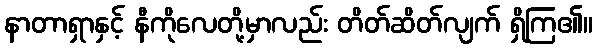
နာတာရှာနှင့် နီကိုလေတို့မှာလည်း တိတ်ဆိတ်လျက် ရှိကြ၏။